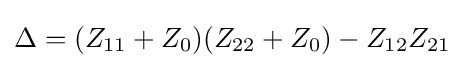
\Delta =(Z_{11}+Z_{0})(Z_{22}+Z_{0})-Z_{12}Z_{21}